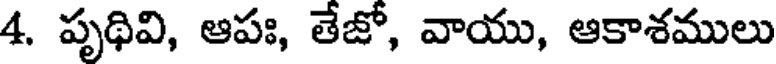
4. పృథివి, ఆపః, తేజో, వాయు, ఆకాశములు